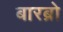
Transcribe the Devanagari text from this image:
बारब्रो